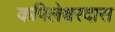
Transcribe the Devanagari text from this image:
कपिलेश्वरदास